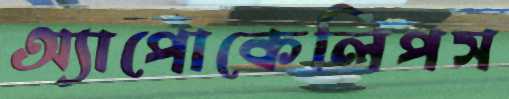
অ্যাপোকেলিপস